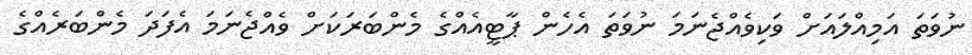
ނުވަތަ އަމިއްލައަށް ވަކިވެއްޖެނަމަ ނުވަތަ އެހެން ޕާޓީއެއްގެ މެންބަރަކަށް ވެއްޖެނަމަ އެފަަދަ މެންބަރެއްގެ